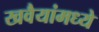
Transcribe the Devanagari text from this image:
खवैयांमध्ये